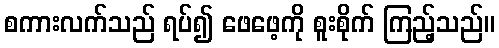
စကားလက်သည် ရပ်၍ ဖေဖေ့ကို စူးစိုက် ကြည့်သည်။